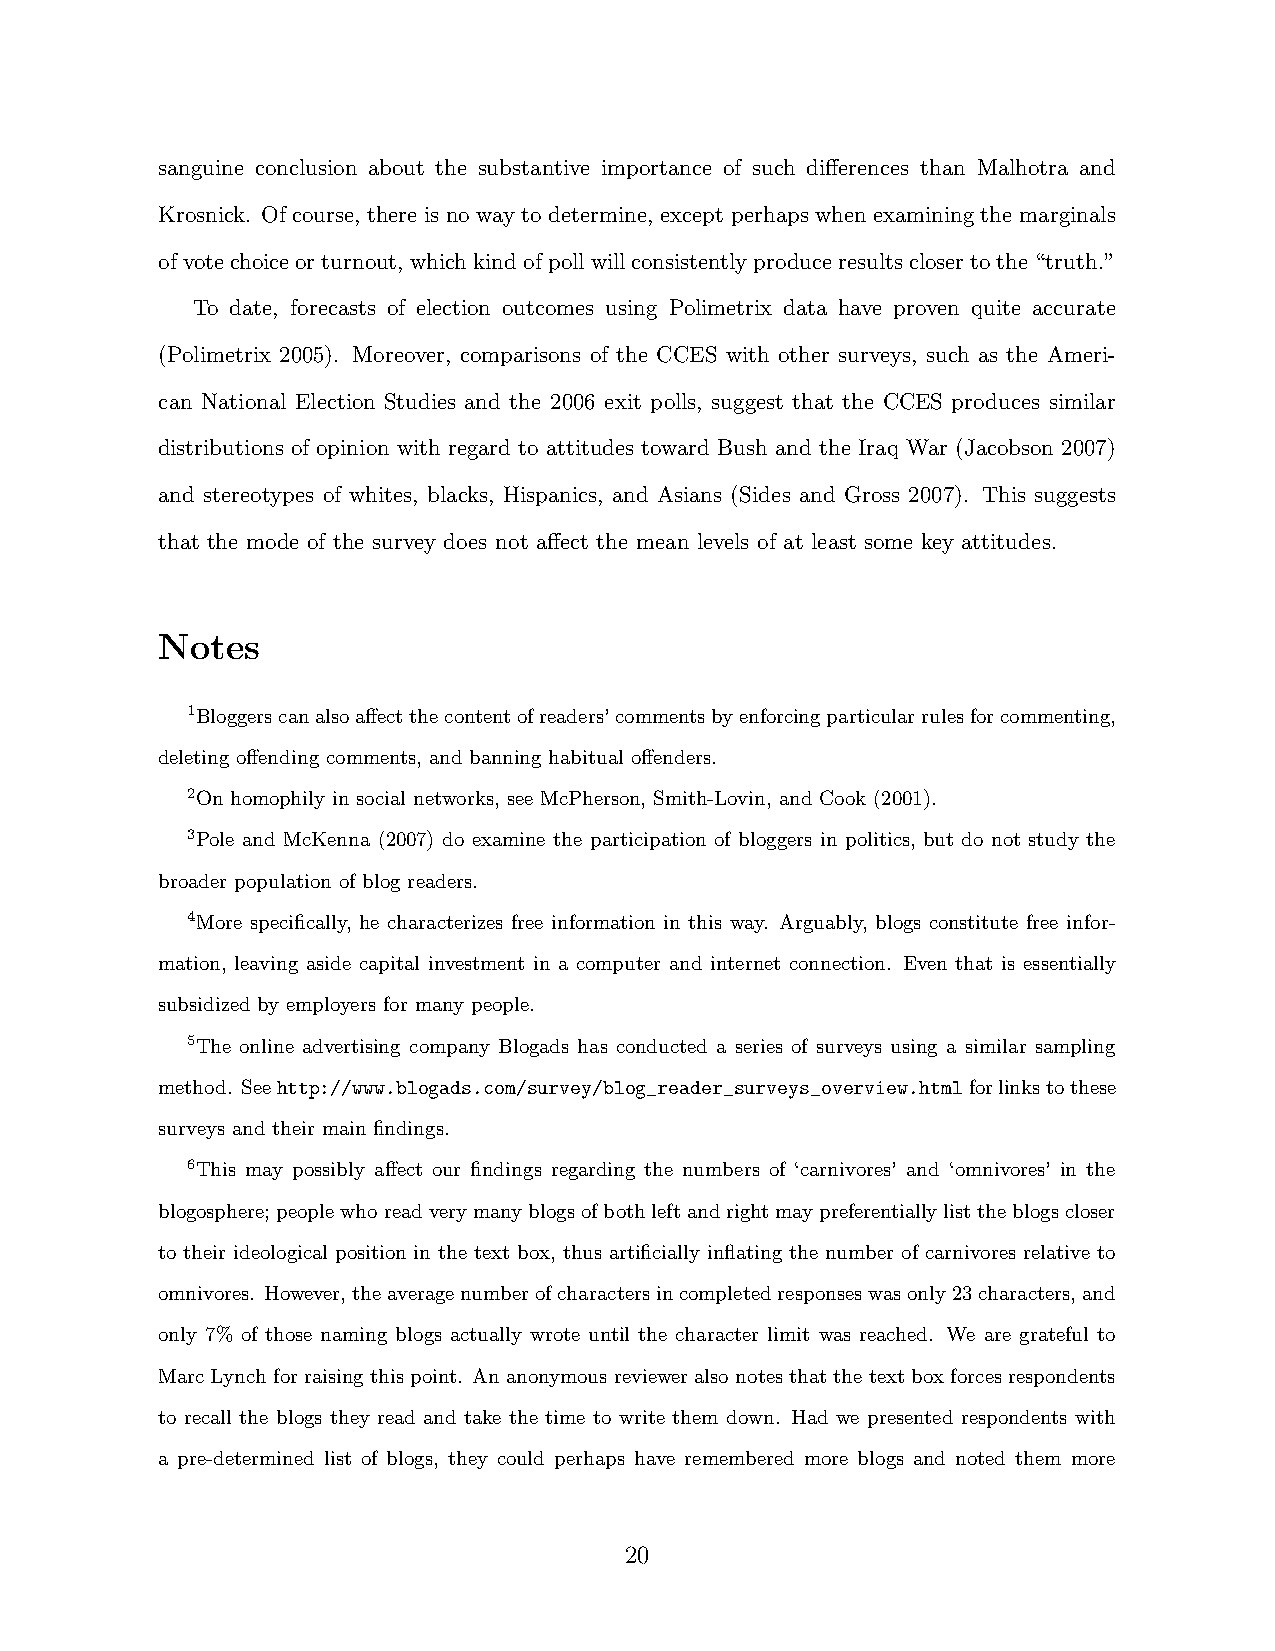
sanguine conclusion about the substantive importance of such differences than Malhotra and
 Krosnick. Of course, there is no way to determine, except perhaps when examining the marginals
 ofvotechoiceorturnout, whichkindofpollwillconsistentlyproduceresultsclosertothe“truth.”
 To date, forecasts of election outcomes using Polimetrix data have proven quite accurate
 (Polimetrix 2005). Moreover, comparisons of the CCES with other surveys, such as the Ameri-
 can National Election Studies and the 2006 exit polls, suggest that the CCES produces similar
 distributions of opinion with regard to attitudes toward Bush and the Iraq War (Jacobson 2007)
 and stereotypes of whites, blacks, Hispanics, and Asians (Sides and Gross 2007). This suggests
 that the mode of the survey does not affect the mean levels of at least some key attitudes.
 Notes
 1Bloggerscanalsoaffectthecontentofreaders’commentsbyenforcingparticularrulesforcommenting,
 deleting offending comments, and banning habitual offenders.
 2On homophily in social networks, see McPherson, Smith-Lovin, and Cook (2001).
 3Pole and McKenna (2007) do examine the participation of bloggers in politics, but do not study the
 broader population of blog readers.
 4More specifically, he characterizes free information in this way. Arguably, blogs constitute free infor-
 mation, leaving aside capital investment in a computer and internet connection. Even that is essentially
 subsidized by employers for many people.
 5The online advertising company Blogads has conducted a series of surveys using a similar sampling
 method. Seehttp://www.blogads.com/survey/blog_reader_surveys_overview.htmlforlinkstothese
 surveys and their main findings.
 6This may possibly affect our findings regarding the numbers of ‘carnivores’ and ‘omnivores’ in the
 blogosphere;peoplewhoreadverymanyblogsofbothleftandrightmaypreferentiallylisttheblogscloser
 to their ideological position in the text box, thus artificially inflating the number of carnivores relative to
 omnivores. However,theaveragenumberofcharactersincompletedresponseswasonly23characters,and
 only 7% of those naming blogs actually wrote until the character limit was reached. We are grateful to
 Marc Lynch for raising this point. An anonymous reviewer also notes that the text box forces respondents
 to recall the blogs they read and take the time to write them down. Had we presented respondents with
 a pre-determined list of blogs, they could perhaps have remembered more blogs and noted them more
 20